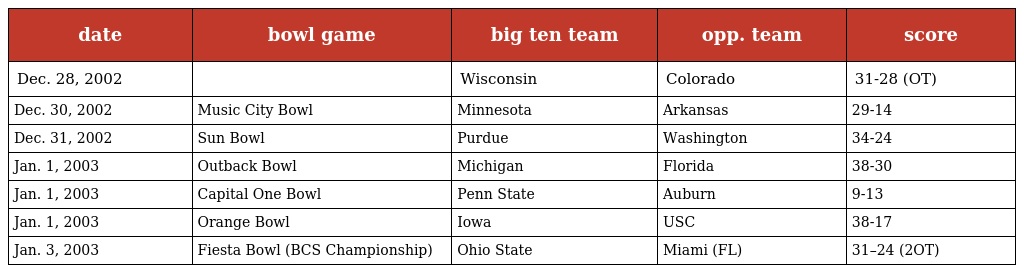
| date | bowl game | big ten team | opp. team | score |
 | --- | --- | --- | --- | --- |
 | Dec. 28, 2002 |  | Wisconsin | Colorado | 31-28 (OT) |
 | Dec. 30, 2002 | Music City Bowl | Minnesota | Arkansas | 29-14 |
 | Dec. 31, 2002 | Sun Bowl | Purdue | Washington | 34-24 |
 | Jan. 1, 2003 | Outback Bowl | Michigan | Florida | 38-30 |
 | Jan. 1, 2003 | Capital One Bowl | Penn State | Auburn | 9-13 |
 | Jan. 1, 2003 | Orange Bowl | Iowa | USC | 38-17 |
 | Jan. 3, 2003 | Fiesta Bowl (BCS Championship) | Ohio State | Miami (FL) | 31–24 (2OT) |